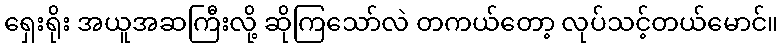
ရှေးရိုး အယူအဆကြီးလို့ ဆိုကြသော်လဲ တကယ်တော့ လုပ်သင့်တယ်မောင်။